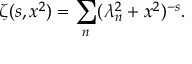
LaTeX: \zeta ( s , x ^ { 2 } ) = \sum _ { n } ( \lambda _ { n } ^ { 2 } + x ^ { 2 } ) ^ { - s } { . }